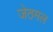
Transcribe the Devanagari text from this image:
जेठमल